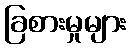
ခြစားမှုများ